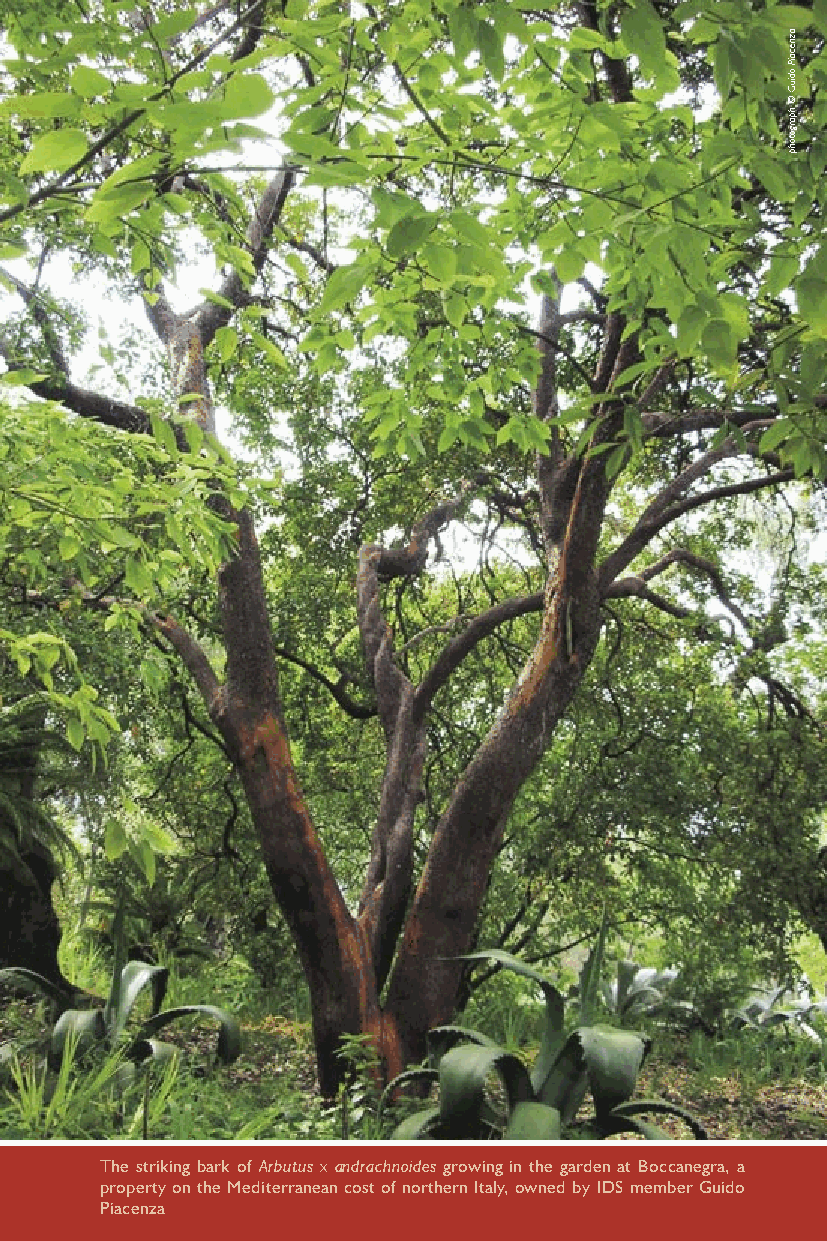
The striking bark of Arbutus x andrachnoides growing in the garden at Boccanegra, a
 property on the Mediterranean cost of northern Italy, owned by IDS member Guido
 Piacenza
 aznecaiP
 odiuG
 ©
 hpargotohp